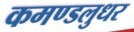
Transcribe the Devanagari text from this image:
कमण्डलुधर